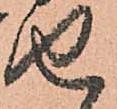
せ